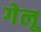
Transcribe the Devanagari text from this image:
गेलू